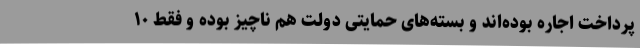
پرداخت اجاره بوده‌اند و بسته‌های حمایتی دولت هم ناچیز بوده و فقط ۱۰